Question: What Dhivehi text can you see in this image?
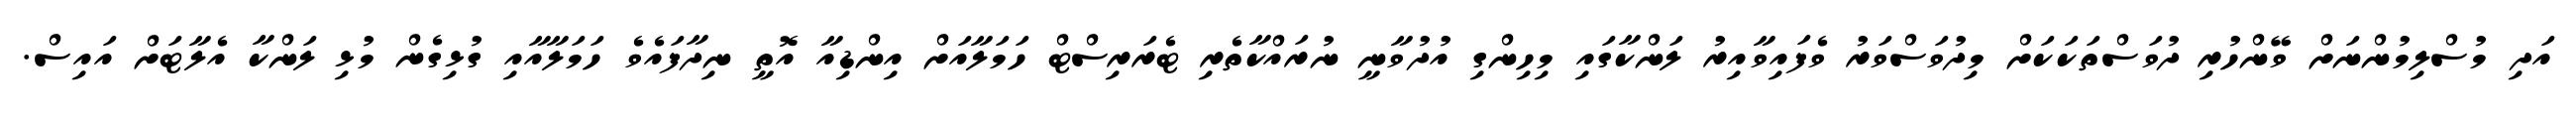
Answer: އަދި މުސްލިމުންނަށް ވޭންހުރި ދުވަސްތަކަކަށް މިދުވަސްވަރު ވެފައިވާއިރު ލަންކާގައި މިހިންގި އުދުވާނީ ނުރައްކާތެރި ޓެރަރިސްޓް ހަމަލާއަށް އިންޑިއާ އޮތީ ނިދާފައެވެ ހަމަލާއާއި ގުޅިގެން މުޅި ލަންކާ އެލާޓަށް އައިސް.